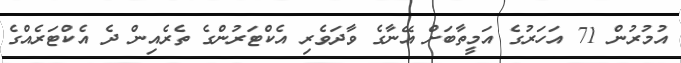
އުމުރުން 71 އަހަރުގެ އަމީތާބަށް އޭނާގެ ވާދަވެރި އެކްޓަރުންގެ ތެރެއިން ދެ އެކްޓަރެއްގެ